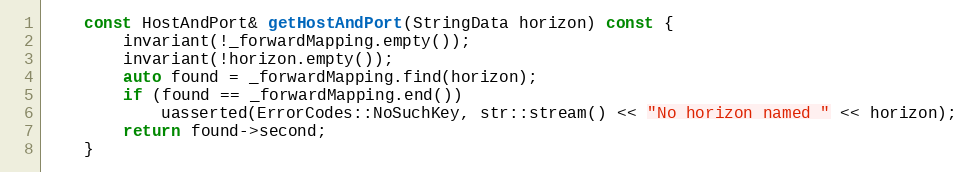
Language: C
    const HostAndPort& getHostAndPort(StringData horizon) const {
        invariant(!_forwardMapping.empty());
        invariant(!horizon.empty());
        auto found = _forwardMapping.find(horizon);
        if (found == _forwardMapping.end())
            uasserted(ErrorCodes::NoSuchKey, str::stream() << "No horizon named " << horizon);
        return found->second;
    }